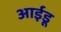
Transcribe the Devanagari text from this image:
आईडू